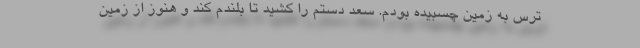
ترس به زمین چسبیده بودم. سعد دستم را کشید تا بلندم کند و هنوز از زمین